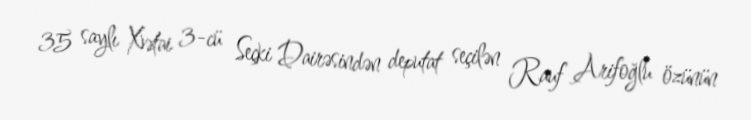
35 saylı Xətai 3-cü Seçki Dairəsindən deputat seçilən Rauf Arifoğlu özünün